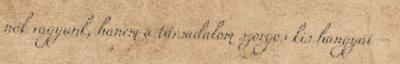
nők vagyunk, hanem a társadalom szorgos kis hangyái –